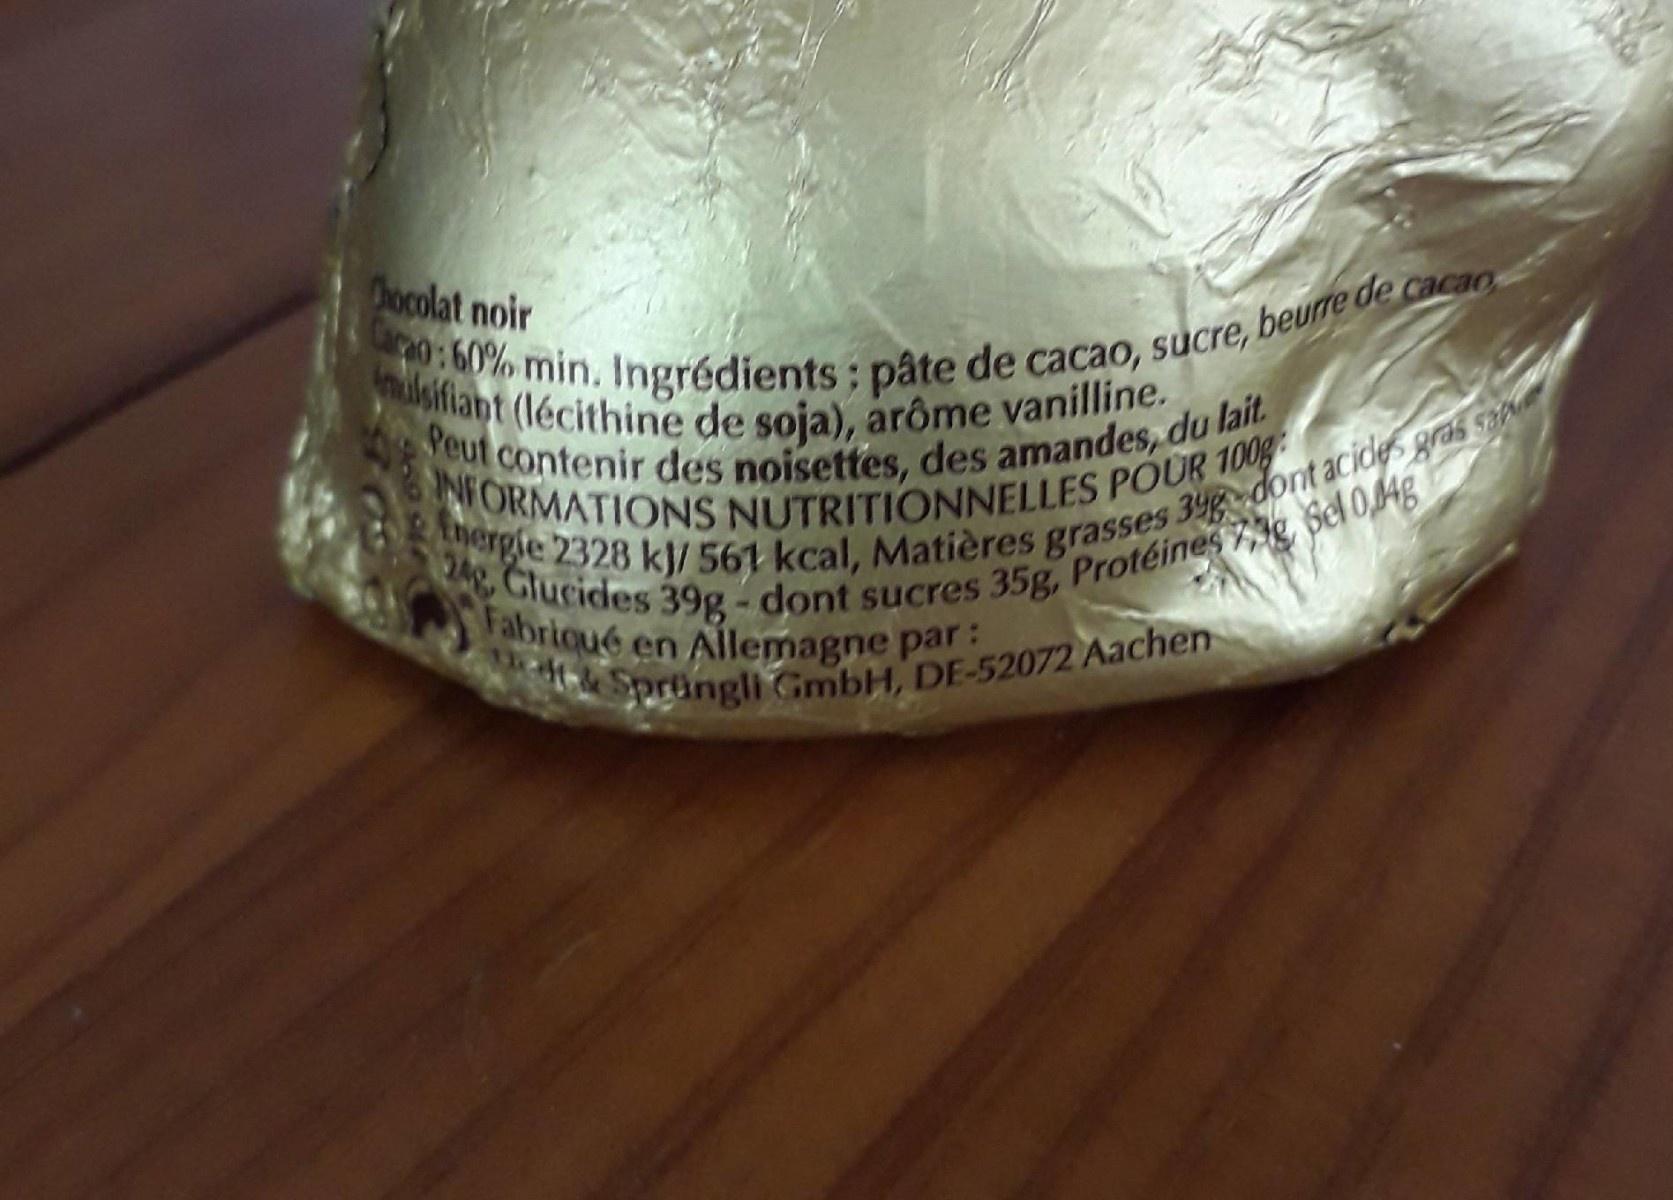
Docolat noir
Cacao:60% min. Ingrédients: pâte de cacao, sucre, beurre de cacao.
nulsifiant (lécithine de soja), arôme vanilline. Peut contenir des noisettes, des amandes, du lait. NFORMATIONS NUTRITIONNELLES POUR 100g tmergie 2328 kJ/ 561 kcal, Matières grasses 34g dont acides gras sa
24, Glucides 39g - dont sucres 35g, Protéines7,1g Bel 014g
Fabricué en Allemagne par:
f be Springli GmbH, DE-52072 Aachen